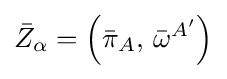
{\bar {Z}}_{\alpha }=\left({\bar {\pi }}_{A},\,{\bar {\omega }}^{A'}\right)